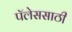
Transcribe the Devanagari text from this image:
पॅलेससाठी